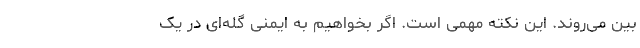
بین می‌روند. این نکته مهمی است. اگر بخواهیم به ایمنی گله‌ای در یک